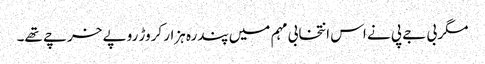
مگر بی جے پی نے اس انتخابی مہم میں پندرہ ہزار کروڑ روپے خرچے تھے۔